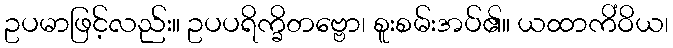
ဥပမာဖြင့်လည်း။ ဥပပရိက္ခိတဗ္ဗော၊ စူးစမ်းအပ်၏။ ယထာကိံဝိယ၊